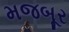
મજબૂર